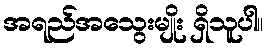
အရည်အသွေးမျိုး ရှိသူပါ။